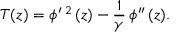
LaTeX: T ( z ) = \phi ^ { \prime } \, ^ { 2 } \, ( z ) - \frac { 1 } { \gamma } \, \phi ^ { \prime \prime } \, ( z ) .